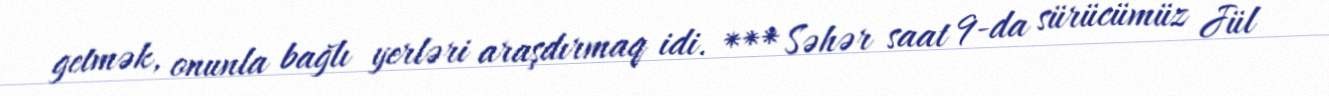
getmək, onunla bağlı yerləri araşdırmaq idi. *** Səhər saat 9-da sürücümüz Jül